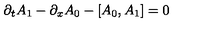
\partial _ { t } A _ { 1 } - \partial _ { x } A _ { 0 } - \left[ A _ { 0 } , A _ { 1 } \right] = 0